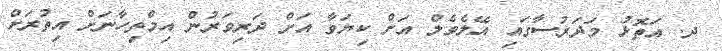
ދ. އަތޮޅު މަދަރުސާގައި އޭލެވެލް އަށް ކިޔަވާ އަށް ދަރިވަރުން އިމްތިހާނަށް އިތުރަށް